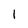
Character: 1